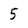
Character: 5